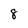
Character: 8